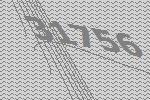
31756